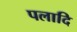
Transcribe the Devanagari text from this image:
पलादि